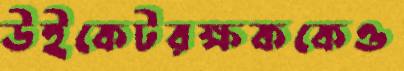
উইকেটরক্ষককেও